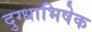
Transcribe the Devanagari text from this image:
दुग्‍धाभिषेक